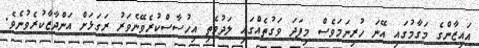
އައިޒާންގެ މަގާމުގައި އޭނަ ހުރިނަމަވެސް މިފަދަ ވަގުތެއްގައި ލަދުވެތި އިހުސާސްކުރެވޭނެވަރު ރަގަޅަށް އަންދާޒާކުރެވުނެވެ.